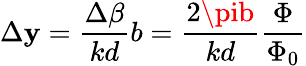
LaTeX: \Delta\mathbf{y}=\frac{{\Delta\beta}}{{kd}}b=\frac{{2\pib}}{{kd}}\frac{{\Phi}}{{\Phi_{0}}}